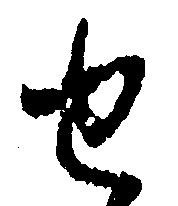
せ